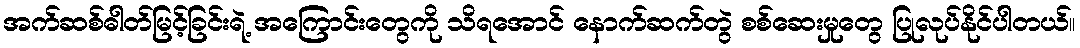
အက်ဆစ်ဓါတ်မြင့်ခြင်းရဲ့ အကြောင်းတွေကို သိရအောင် နောက်ဆက်တွဲ စစ်ဆေးမှုတွေ ပြုလုပ်နိုင်ပါတယ်။